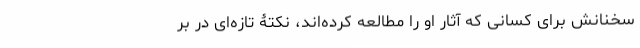
سخنانش برای کسانی که آثار او را مطالعه کرده‌اند، نکتۀ تازه‌ای در بر